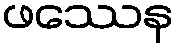
ဖဿေန